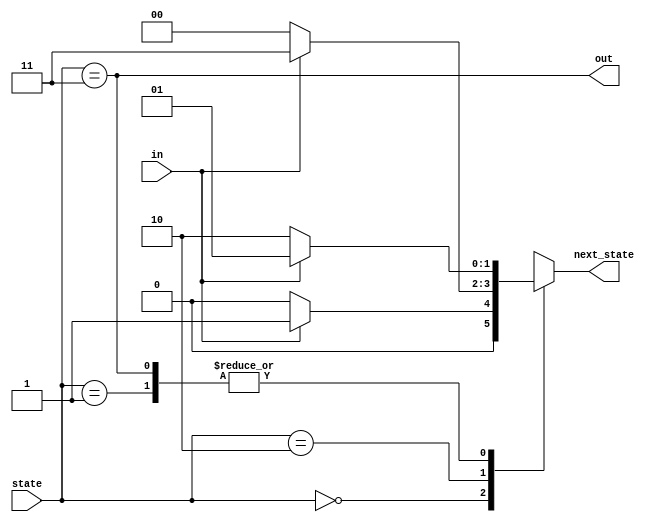
module top_module(
    input in,
    input [1:0] state,
    output [1:0] next_state,
    output out); //

    parameter A=0, B=1, C=2, D=3;

    always @(*) begin
        case(state)
            A:begin
                if(in) next_state<=B;
                else next_state<=A;
            end
            B:begin
                if(in) next_state<=B;
                else next_state<=C;
            end
            C:begin
                if(in) next_state<=D;
                else next_state<=A;
            end
            D:begin
                if(in) next_state<=B;
                else next_state<=C;
            end
        endcase
    end
    assign out=(state==D);

endmodule